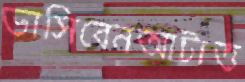
ভাসিবেনআটাত্ত